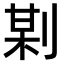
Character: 𠝺